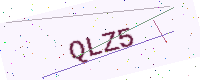
Text: QLZ5